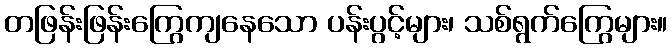
တဖြန်းဖြန်းကြွေကျနေသော ပန်းပွင့်များ၊ သစ်ရွက်ကြွေများ။